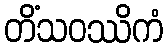
တိံသဝဿိကံ